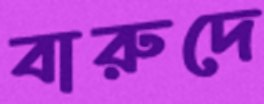
বারুদে